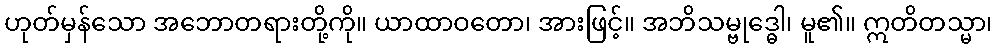
ဟုတ်မှန်သော အဘောတရားတို့ကို။ ယာထာဝတော၊ အားဖြင့်။ အဘိသမ္ဗုဒ္ဓေါ၊ မူ၏။ ဣတိတသ္မာ၊